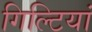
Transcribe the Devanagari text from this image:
गिल्टियां